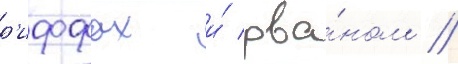
р'иффах и́ рва́ном /